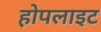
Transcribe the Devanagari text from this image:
होपलाइट